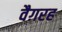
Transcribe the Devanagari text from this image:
वैग़रह